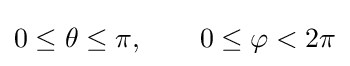
0\leq \theta \leq \pi ,\qquad 0\leq \varphi <2\pi